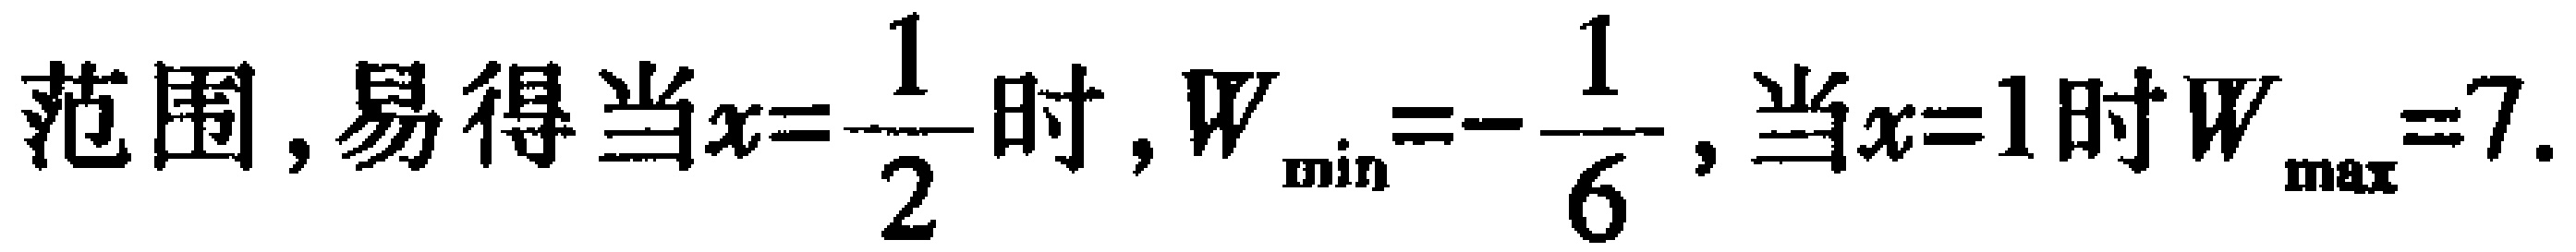
范围，易得当\(x = \frac{1}{2}\)时，\(W_{\min}=-\frac{1}{6}\)，当\(x = 1\)时\(W_{\max}=7\).